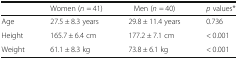
<table><thead><tr><td></td><td><b>Women (<i>n</i> = 41)</b></td><td><b>Men (<i>n</i> = 40)</b></td><td><b><i>p</i> values*</b></td></tr></thead><tbody><tr><td>Age</td><td>27.5 ± 8.3 years</td><td>29.8 ± 11.4 years</td><td>0.736</td></tr><tr><td>Height</td><td>165.7 ± 6.4 cm</td><td>177.2 ± 7.1 cm</td><td>&lt; 0.001</td></tr><tr><td>Weight</td><td>61.1 ± 8.3 kg</td><td>73.8 ± 6.1 kg</td><td>&lt; 0.001</td></tr></tbody></table>